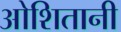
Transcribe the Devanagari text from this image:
ओशितानी